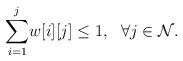
LaTeX: \begin{align*}\underset{i=1}{\overset{j}{\sum}} w[i][j] \leq 1, ~~\forall j \in \cal N.\end{align*}